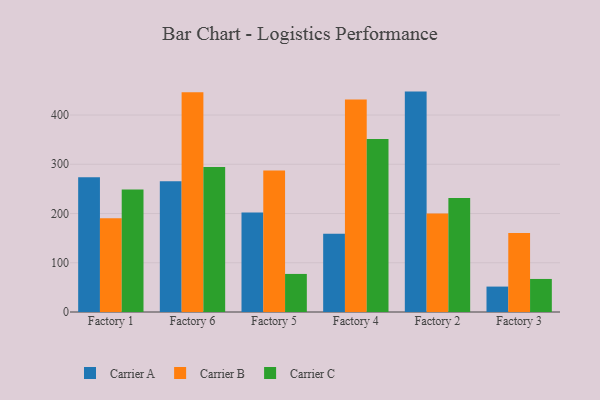
{"axis": {"x": "Factory", "y": "Revenue (USD Million)"}, "legend": ["Carrier A", "Carrier B", "Carrier C"], "data": [{"x": "Factory 1", "y": 273.6, "type": "Carrier A"}, {"x": "Factory 1", "y": 190.2, "type": "Carrier B"}, {"x": "Factory 1", "y": 248.9, "type": "Carrier C"}, {"x": "Factory 6", "y": 265.7, "type": "Carrier A"}, {"x": "Factory 6", "y": 446.1, "type": "Carrier B"}, {"x": "Factory 6", "y": 294.4, "type": "Carrier C"}, {"x": "Factory 5", "y": 202.3, "type": "Carrier A"}, {"x": "Factory 5", "y": 287.2, "type": "Carrier B"}, {"x": "Factory 5", "y": 77.3, "type": "Carrier C"}, {"x": "Factory 4", "y": 158.9, "type": "Carrier A"}, {"x": "Factory 4", "y": 431.7, "type": "Carrier B"}, {"x": "Factory 4", "y": 351.5, "type": "Carrier C"}, {"x": "Factory 2", "y": 447.6, "type": "Carrier A"}, {"x": "Factory 2", "y": 200.2, "type": "Carrier B"}, {"x": "Factory 2", "y": 231.3, "type": "Carrier C"}, {"x": "Factory 3", "y": 51.6, "type": "Carrier A"}, {"x": "Factory 3", "y": 160.3, "type": "Carrier B"}, {"x": "Factory 3", "y": 67.1, "type": "Carrier C"}]}